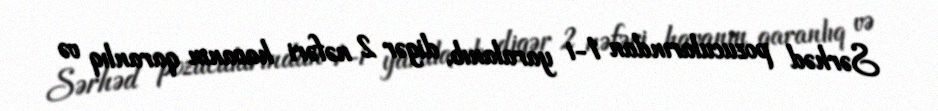
Sərhəd pozucularından 1-i yaralanıb, digər 2 nəfəri havanın qaranlıq və